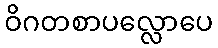
ဝိဂတစာပလ္လောပေ